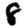
Digit: 8